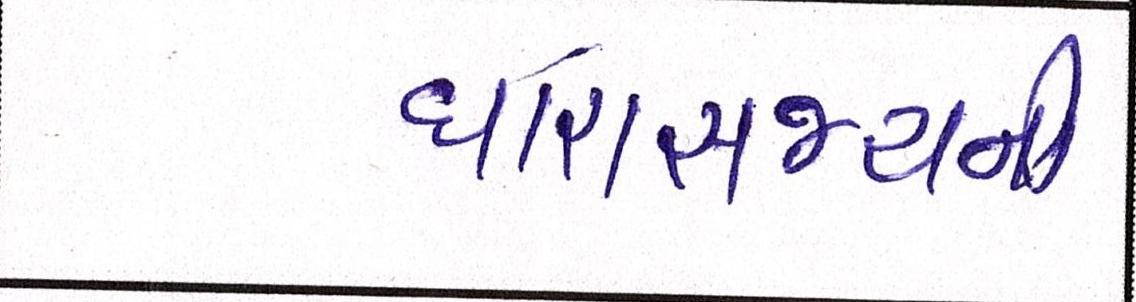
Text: ધારાસભ્યની